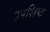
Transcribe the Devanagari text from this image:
उपशिष्ट